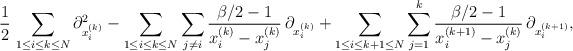
LaTeX: \begin{align*}\frac{1}{2}\,\sum_{1\le i\le k\le N} \partial_{x^{(k)}_i}^2 -\sum_{1\le i\le k\le N} \sum_{j\neq i} \frac{\beta/2-1}{x^{(k)}_i-x^{(k)}_j}\,\partial_{x^{(k)}_i}+\sum_{1\le i\le k+1\le N} \sum_{j=1}^k \frac{\beta/2-1}{x^{(k+1)}_i-x^{(k)}_j}\,\partial_{x^{(k+1)}_i},\end{align*}